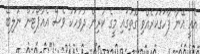
އެއީ އޭނާ ފާހަގަކުރެއްވި ގޮތުގައި މީގެ ކުރިން ދުވަހަކު ވެސް އެއާޕޯޓުން ނުލިބޭ